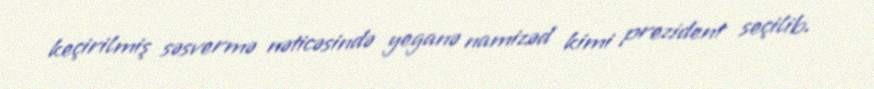
keçirilmiş səsvermə nəticəsində yeganə namizəd kimi prezident seçilib.